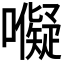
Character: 𭌜